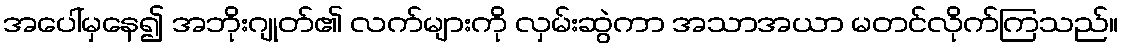
အပေါ်မှနေ၍ အဘိုးဂျုတ်၏ လက်များကို လှမ်းဆွဲကာ အသာအယာ မတင်လိုက်ကြသည်။